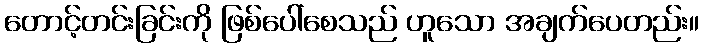
တောင့်တင်းခြင်းကို ဖြစ်ပေါ်စေသည် ဟူသော အချက်ပေတည်း။